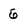
Character: 6